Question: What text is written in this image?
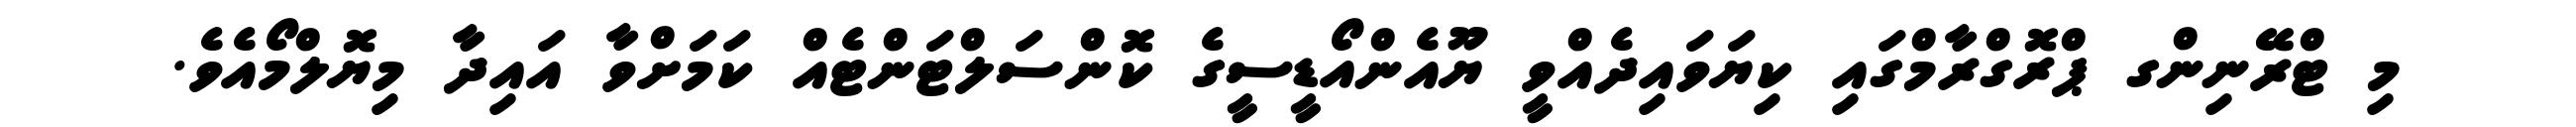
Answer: މި ޓްރޭނިންގ ޕްރޮގްރާމްގައި ކިޔަވައިދެއްވީ ޔޫއެންއޯޑީސީގެ ކޮންސަލްޓަންޓެއް ކަމަށްވާ އައިދާ މިޔޮލްމޯއެވެ.